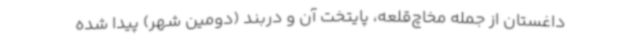
داغستان از جمله مخاچ‌قلعه، پایتخت آن و دربند (دومین شهر) پیدا شده